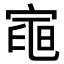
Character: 𭔌